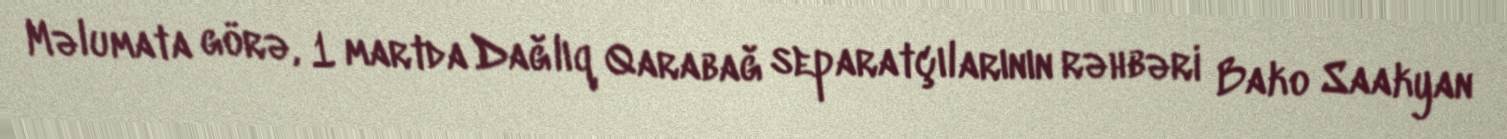
Məlumata görə, 1 martda Dağlıq Qarabağ separatçılarının rəhbəri Bako Saakyan